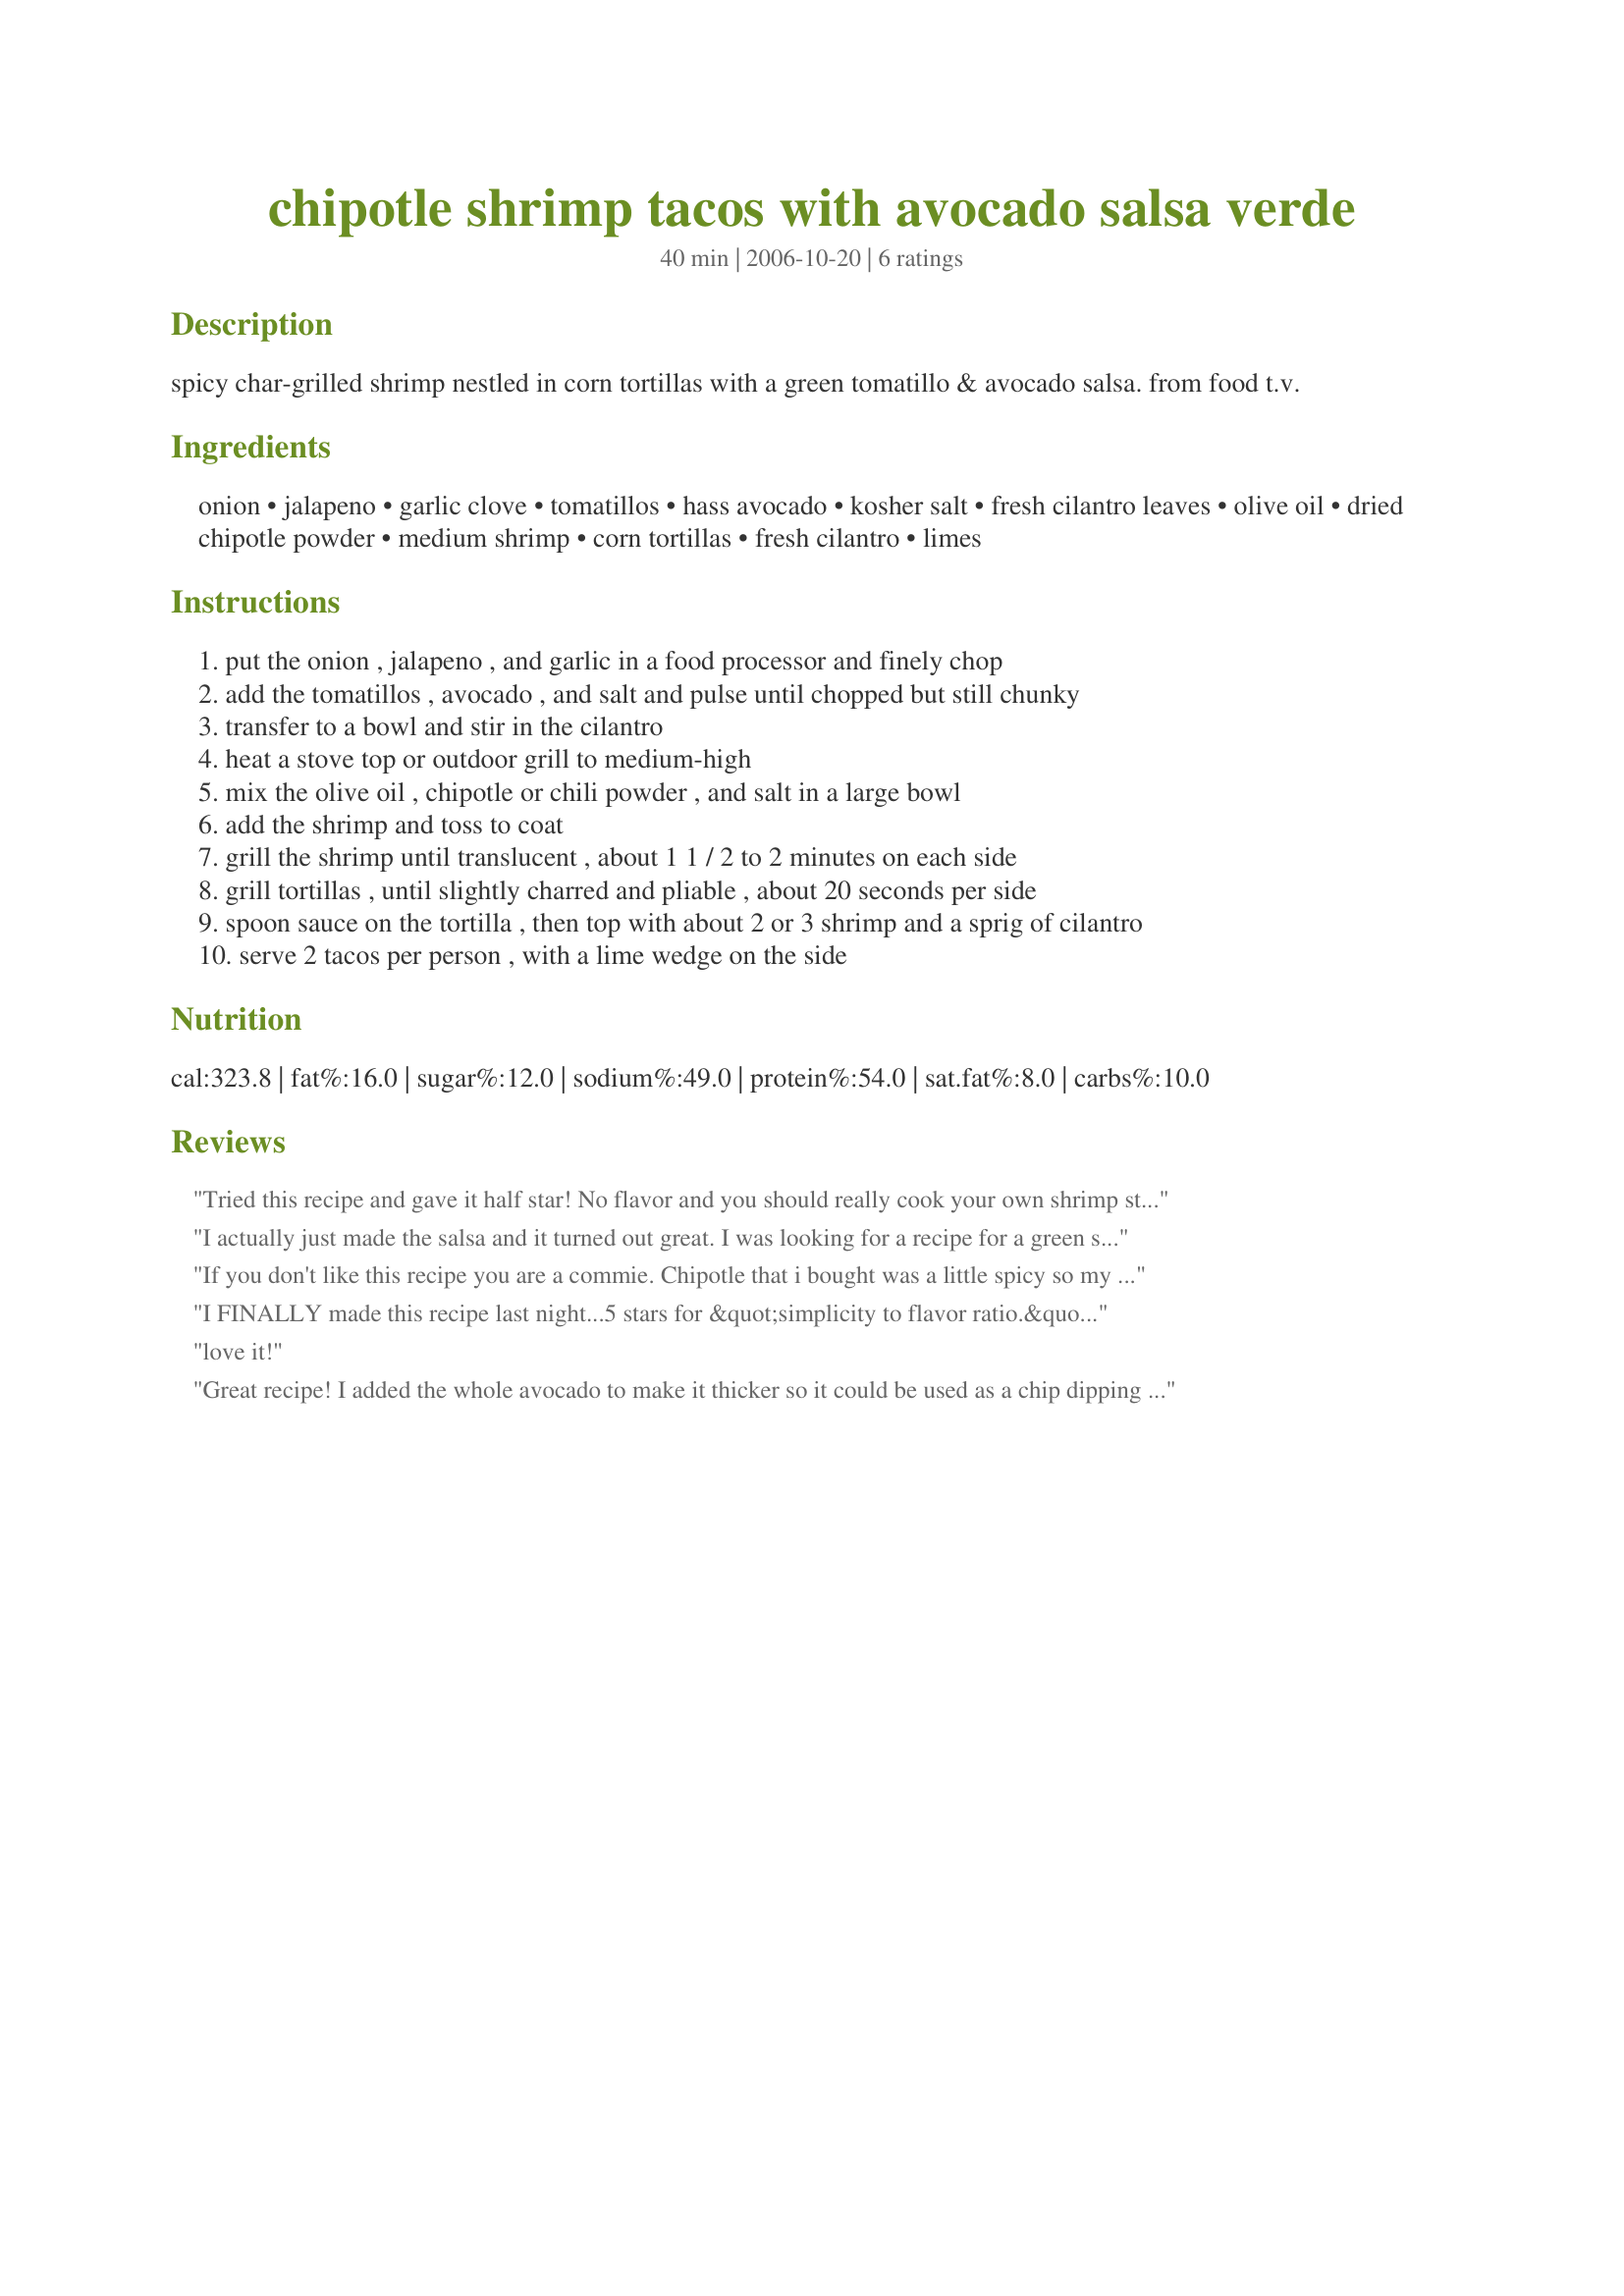
chipotle shrimp tacos with avocado salsa verde
Preparation time: 40 minutes

spicy char-grilled shrimp nestled in corn tortillas with a green tomatillo & avocado salsa. from food t.v.

Ingredients:
onion, jalapeno, garlic clove, tomatillos, hass avocado, kosher salt, fresh cilantro leaves, olive oil, dried chipotle powder, medium shrimp, corn tortillas, fresh cilantro, limes

Steps:
put the onion , jalapeno , and garlic in a food processor and finely chop
add the tomatillos , avocado , and salt and pulse until chopped but still chunky
transfer to a bowl and stir in the cilantro
heat a stove top or outdoor grill to medium-high
mix the olive oil , chipotle or chili powder , and salt in a large bowl
add the shrimp and toss to coat
grill the shrimp until translucent , about 1 1 / 2 to 2 minutes on each side
grill tortillas , until slightly charred and pliable , about 20 seconds per side
spoon sauce on the tortilla , then top with about 2 or 3 shrimp and a sprig of cilantro
serve 2 tacos per person , with a lime wedge on the side

Reviews:
Tried this recipe and gave it half star! No flavor and you should really cook your own shrimp store bought have NO TASTE!!!
I actually just made the salsa and it turned out great. I was looking for a recipe for a green salsa with avocado and saw it with this shrimp recipe. The only thing is I would add the salt little by little so it doesn't get too salty, 1 1/4 tsp was too much.
If you don't like this recipe you are a commie. Chipotle that i bought was a little spicy so my kids just had with plain shrimp but for adults it was perfect!
I FINALLY made this recipe last night...5 stars for &quot;simplicity to flavor ratio.&quot; I have made many more &quot;complicated&quot; tacos...this was so easy and packed with flavor. I followed the recipe exactly except served diced onion on the side (instead of incorporating into the salsa) as my hubby is allergic to onion...it&#039;s a keeper!
love it!
Great recipe! I added the whole avocado to make it thicker so it could be used as a chip dipping sauce as well. Thank you for the recipe!
